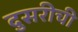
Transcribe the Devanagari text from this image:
दुसरीची